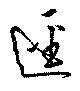
径